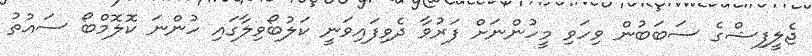
ޖެލީފިޝްގެ ސަބަބުން ވިހަވި މީހުންނަށް ފަރުވާ ދެވިފައިވަނީ ކަލުބޯވިލާގައި ހުންނަ ކޮލޮމްބޯ ސައުތު